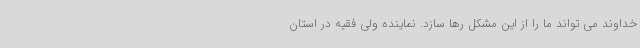
خداوند می تواند ما را از این مشکل رها سازد. نماینده ولی فقیه در استان